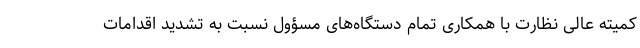
کمیته عالی نظارت با همکاری تمام دستگاه‌های مسؤول نسبت به تشدید اقدامات